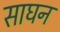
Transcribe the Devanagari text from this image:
साघन